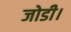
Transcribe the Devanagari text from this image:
जोडी।